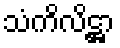
သံကိလိဋ္ဌာ